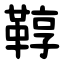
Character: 鞟